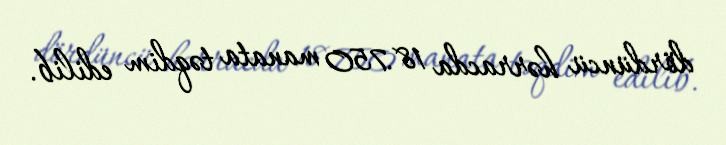
dördüncü hərracda 18.750 manata təqdim edilib.